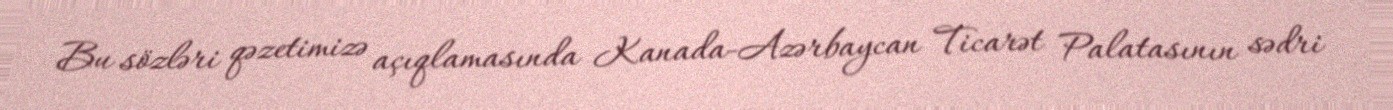
Bu sözləri qəzetimizə açıqlamasında Kanada-Azərbaycan Ticarət Palatasının sədri